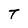
Character: T